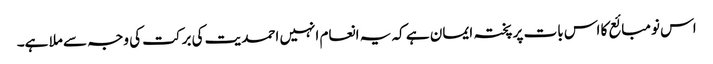
اس نومبائع کا اس بات پر پختہ ایمان ہے کہ یہ انعام انہیں احمدیت کی برکت کی وجہ سے ملا ہے۔